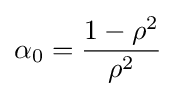
\alpha _{0}={\frac {1-\rho ^{2}}{\rho ^{2}}}